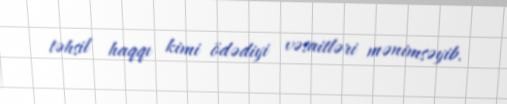
təhsil haqqı kimi ödədiyi vəsaitləri mənimsəyib.